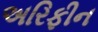
અરિફીન